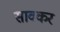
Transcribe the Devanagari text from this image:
सावकर